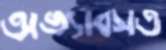
অভ্যাবসত